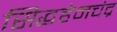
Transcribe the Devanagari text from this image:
सिद्धहेमचंद्र